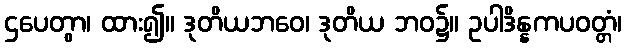
ဌပေတွာ၊ ထား၍။ ဒုတိယဘဝေ၊ ဒုတိယ ဘဝ၌။ ဥပါဒိန္နကပဝတ္တံ၊